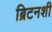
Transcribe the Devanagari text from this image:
ब्रिटनशी